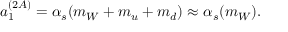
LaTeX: a _ { 1 } ^ { ( 2 A ) } = \alpha _ { s } ( m _ { W } + m _ { u } + m _ { d } ) \approx \alpha _ { s } ( m _ { W } ) .